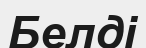
Белді